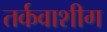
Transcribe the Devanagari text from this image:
तर्कवाशीग